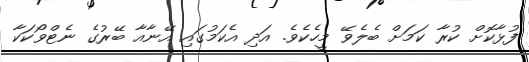
ފުޅާކޮށް ކުރާ ކަމަށް ބެލެވޭ މީހެކެވެ. އަދި އެކަމުގައި އޭނާއާ ބޭރުގެ ނެޓްވޯކަކާ